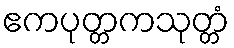
ဧကပုတ္တကသုတ္တံ